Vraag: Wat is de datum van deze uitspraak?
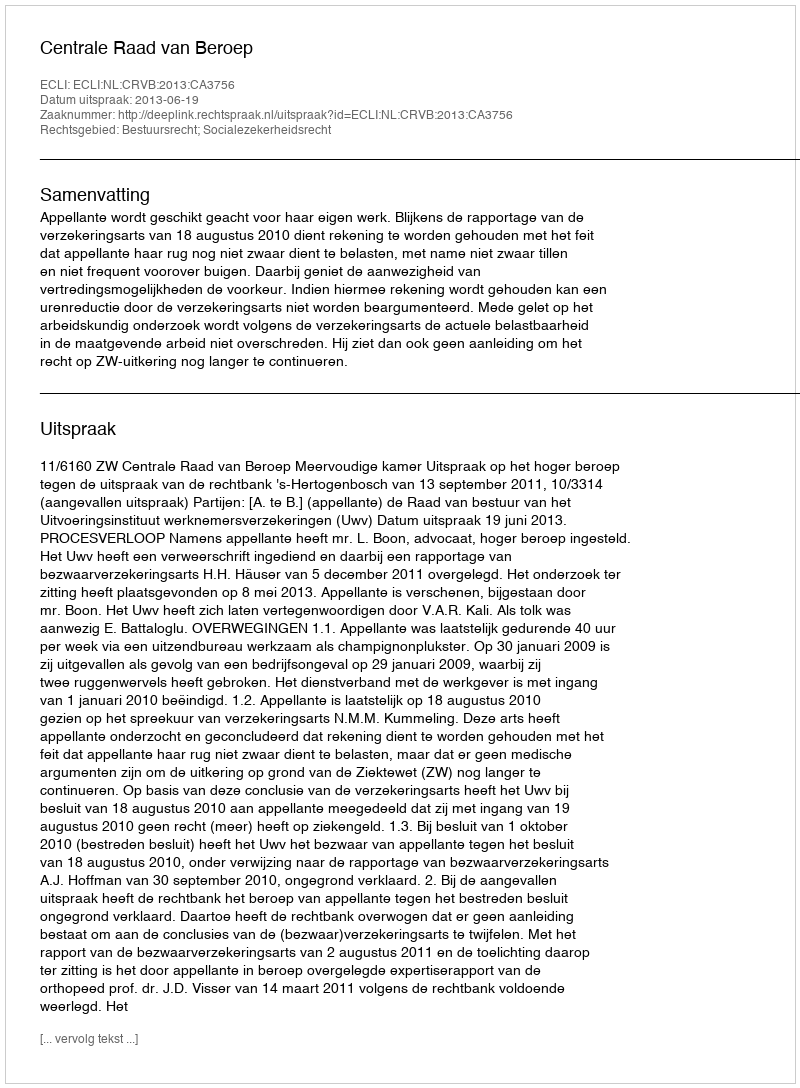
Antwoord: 2013-06-19